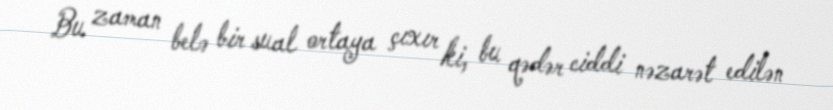
Bu zaman belə bir sual ortaya çıxır ki, bu qədər ciddi nəzarət edilən